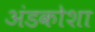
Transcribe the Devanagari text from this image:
अंडकोशा